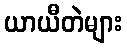
ယာယီတဲများ